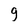
Character: g